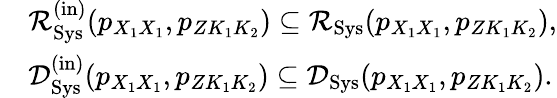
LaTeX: \begin{array}{rl}&{{\cal R}_{\mathrm{Sys}}^{\mathrm{(in)}}(p_{X_{1}X_{1}},{p_{ZK_{1}K_{2}}})\subseteq{\cal R}_{\mathrm{Sys}}(p_{X_{1}X_{1}},{p_{ZK_{1}K_{2}}}),}\\ &{{\cal D}_{\mathrm{Sys}}^{\mathrm{(in)}}(p_{X_{1}X_{1}},{p_{ZK_{1}K_{2}}})\subseteq{\cal D}_{\mathrm{Sys}}(p_{X_{1}X_{1}},{p_{ZK_{1}K_{2}}}).}\end{array}